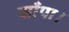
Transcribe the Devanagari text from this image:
साँपा।